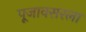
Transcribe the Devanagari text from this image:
पूजावसरला